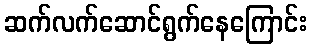
ဆက်လက်ဆောင်ရွက်နေကြောင်း